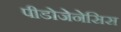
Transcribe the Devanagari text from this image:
पीडोजेनेसिस